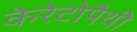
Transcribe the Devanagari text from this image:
केरेटोपैथी